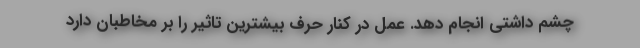
چشم داشتی انجام دهد. عمل در کنار حرف بیشترین تاثیر را بر مخاطبان دارد